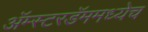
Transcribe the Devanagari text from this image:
अॅम्स्टरडॅममध्येच